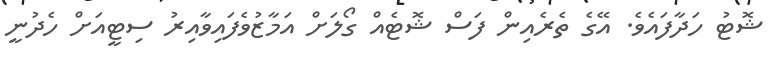
ޝޮޓު ހަދާފައެވެ. އޭގެ ތެރެއިން ފަސް ޝޮޓެއް ގޯލަށް އަމާޒުވެފައިވާއިރު ސިޓީއަށް ހެދުނީ